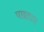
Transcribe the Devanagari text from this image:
पछताए